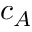
c _ { A }